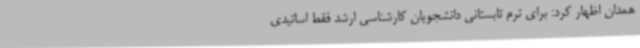
همدان اظهار کرد: برای ترم تابستانی دانشجویان کارشناسی ارشد فقط اساتیدی